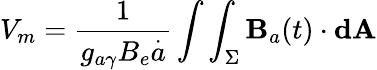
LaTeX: {V_{m}=\frac{1}{g_{a\gamma}B_{e}\overset{.}{a}}\int\int_{\Sigma}\textbf{B}_{a}(t)\cdot\textbf{dA}}